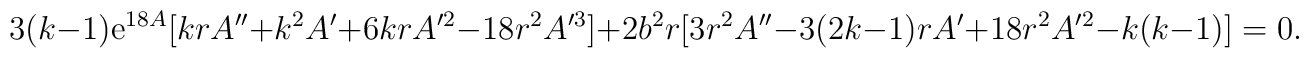
3 (k-1) {\rm e}^{18A} [ k r A'' + k^2 A' + 6 k r A'^2 - 18 r^2A'^3 ] + 2 b^2 r [ 3 r^2 A'' - 3 (2k-1) r A' + 18 r^2 A'^2 -k(k-1) ] = 0.